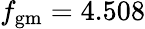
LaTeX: f_{\textrm{gm}}=4.508